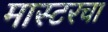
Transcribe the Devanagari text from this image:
मास्टरचा